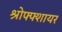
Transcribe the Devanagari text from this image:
श्रोफ्फ्शायर